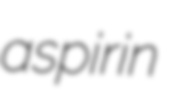
aspirin